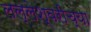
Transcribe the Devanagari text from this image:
लल्लेश्वरीच्या